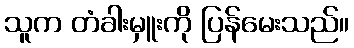
သူက တံခါးမှူးကို ပြန်မေးသည်။